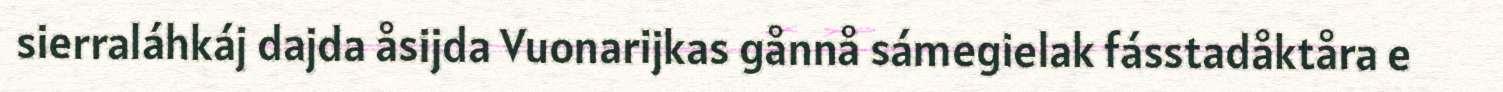
sierraláhkáj dajda åsijda Vuonarijkas gånnå sámegielak fásstadåktåra e